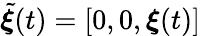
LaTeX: \tilde{\boldsymbol\xi}(t)=[0,0,\boldsymbol\xi(t)]